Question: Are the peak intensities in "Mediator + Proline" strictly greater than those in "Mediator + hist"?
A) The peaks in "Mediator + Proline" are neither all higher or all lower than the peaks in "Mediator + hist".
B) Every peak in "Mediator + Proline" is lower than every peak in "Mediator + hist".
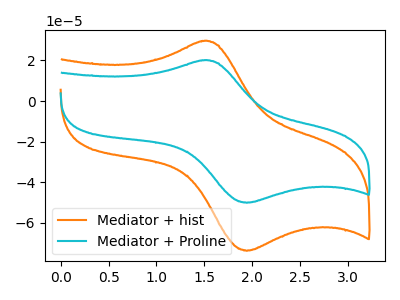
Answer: <think>The orange curve "Mediator + hist" has an anodic peak at (1.50V, 29.60uA) and a cathodic peak at (1.95V, -73.70uA). The cyan curve "Mediator + Proline" has an anodic peak at (1.50V, 20.10uA) and a cathodic peak at (1.95V, -50.05uA).</think>
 <answer>B) Every peak in "Mediator + Proline" is lower than every peak in "Mediator + hist".</answer>
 <eval>B</eval>